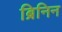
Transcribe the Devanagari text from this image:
ब्रिनिन